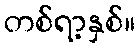
တစ်ရာ့နှစ်။